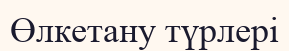
Өлкетану түрлері